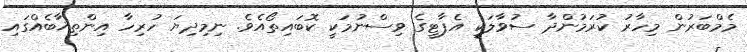
މެމްބަރުން މިހާރު ކުރަމުންދާ ސުވާލަކީ އެޕާޓީގެ ވިސްނުމަކީ ކޮބައިތޯއެވެ. ނިމިދިޔަ ހުރިހާ އިންތިޚާބެއްގައި